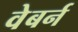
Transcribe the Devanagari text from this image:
वेबर्न